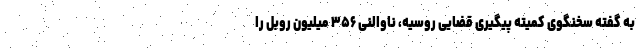
به گفته سخنگوی کمیته پیگیری قضایی روسیه، ناوالنی ۳۵۶ میلیون روبل را